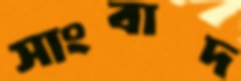
সাংবাদ